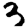
Digit: 3